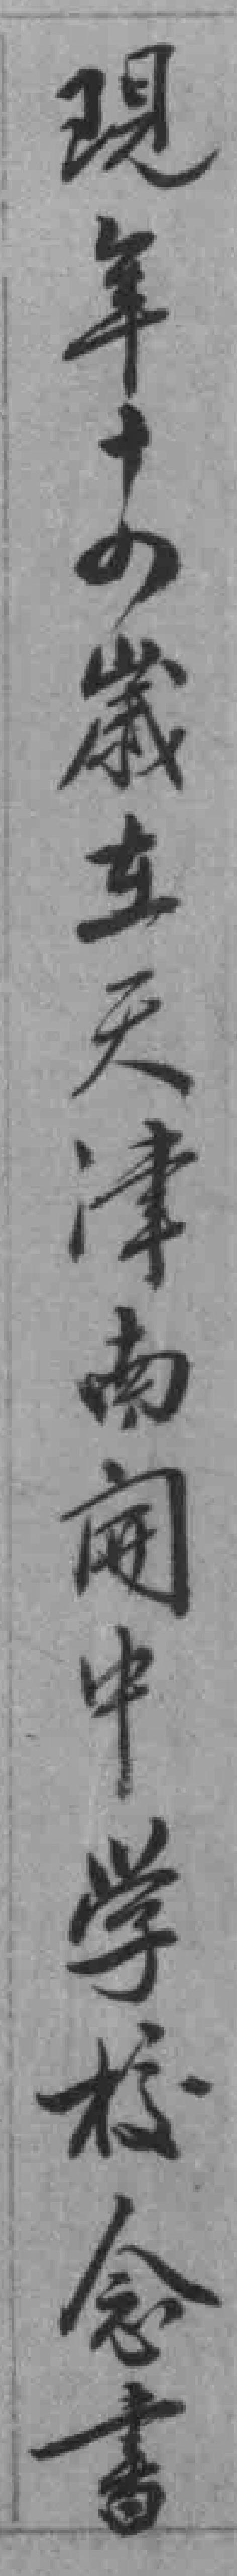
現年十四歲在天津南𫔭中学校念書